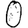
Digit: 0